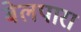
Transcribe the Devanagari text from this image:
बेलपारा